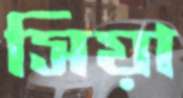
সিয়া